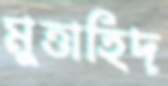
মুত্তাহিদ